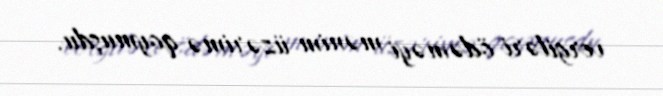
vergiləri ödəməyi mənim üzərimə qoymuşdu.